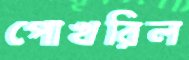
পোখরিল